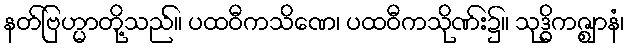
နတ်ဗြဟ္မာတို့သည်။ ပထဝီကသိဏေ၊ ပထဝီကသိုဏ်း၌။ သုဒ္ဓိကဇ္ဈာနံ၊